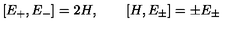
[ E _ { + } , E _ { - } ] = 2 H , \quad \quad [ H , E _ { \pm } ] = \pm E _ { \pm }